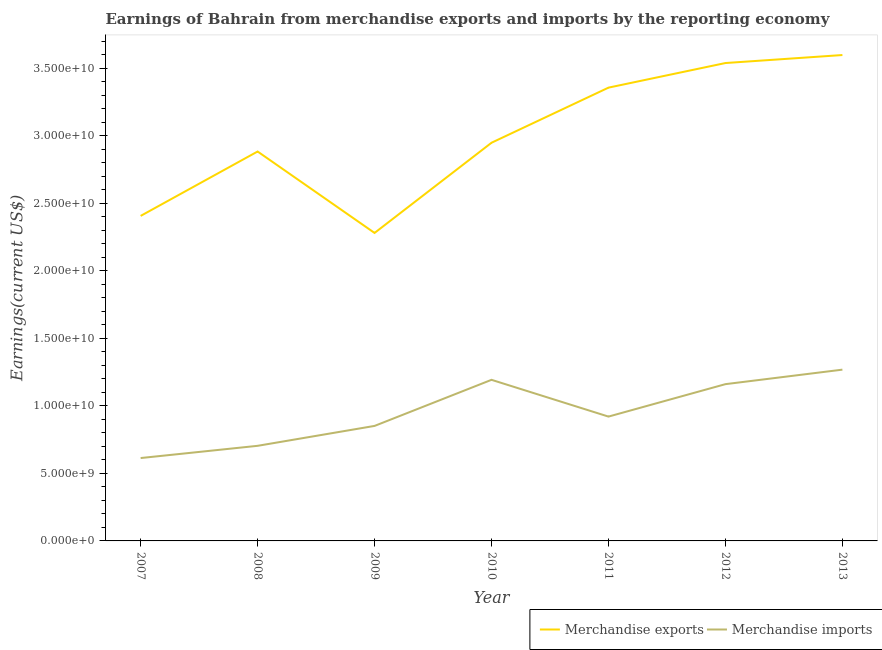
| Year | Merchandise exports | Merchandise imports |
 | --- | --- | --- |
 | 2007 | 2.41e+10 | 6.14e+09 |
 | 2008 | 2.88e+10 | 7.04e+09 |
 | 2009 | 2.28e+10 | 8.52e+09 |
 | 2010 | 2.95e+10 | 1.19e+10 |
 | 2011 | 3.36e+10 | 9.21e+09 |
 | 2012 | 3.54e+10 | 1.16e+10 |
 | 2013 | 3.6e+10 | 1.27e+10 |